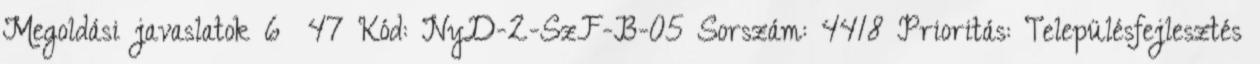
Megoldási javaslatok 6 47 Kód: NyD-2-SzF-B-05 Sorszám: 4418 Prioritás: Településfejlesztés